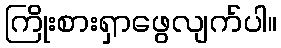
ကြိုးစားရှာဖွေလျက်ပါ။